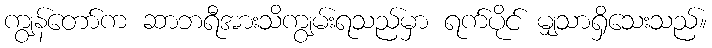
ကျွန်တော်က ဆာဘရီအားသိကျွမ်းရသည်မှာ ရက်ပိုင် မျှသာရှိသေးသည်။